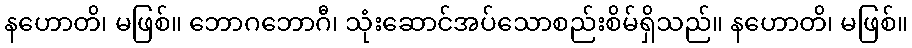
နဟောတိ၊ မဖြစ်။ ဘောဂဘောဂီ၊ သုံးဆောင်အပ်သောစည်းစိမ်ရှိသည်။ နဟောတိ၊ မဖြစ်။